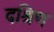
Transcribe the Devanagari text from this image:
दश्रिण